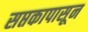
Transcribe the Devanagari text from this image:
सप्तकापासून